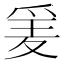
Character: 𱬼